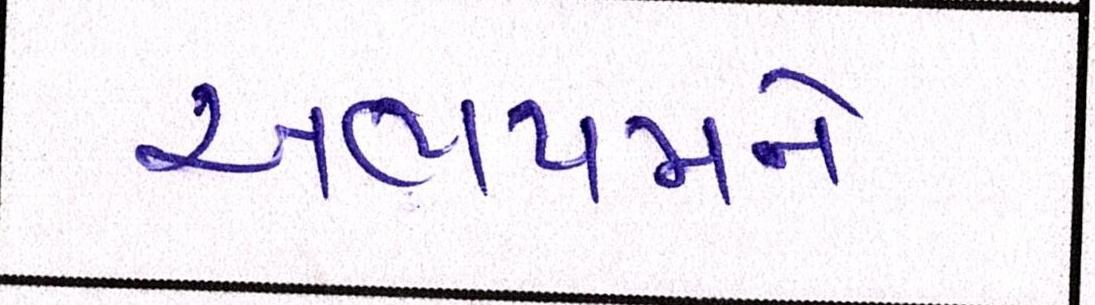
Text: અભયમને